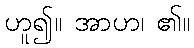
ဟူ၍။ အာဟ၊ ၏။